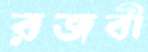
রজবী